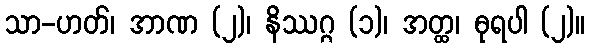
သာ-ဟတ်၊ အာဏ (၂)၊ နိဿဂ္ဂ (၁)၊ အတ္ထ၊ ဓုရပါ (၂)။